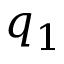
q _ { 1 }